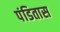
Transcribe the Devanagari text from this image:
पंडितास